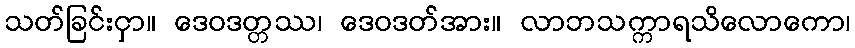
သတ်ခြင်းငှာ။ ဒေဝဒတ္တဿ၊ ဒေဝဒတ်အား။ လာဘသက္ကာရသိလောကော၊